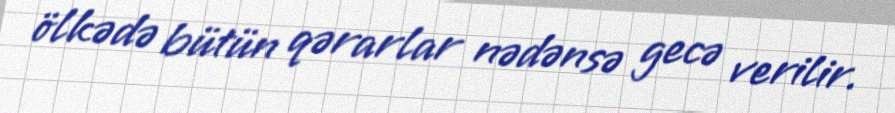
ölkədə bütün qərarlar nədənsə gecə verilir.